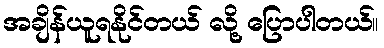
အချိန်ယူရနိုင်တယ် လို့ ပြောပါတယ်။